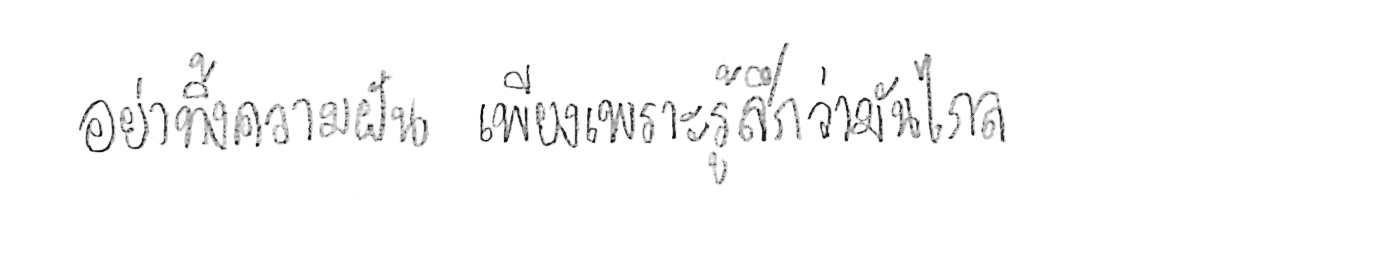
อย่าทิ้งความฝัน เพียงเพราะรู้สึกว่ามันไกล